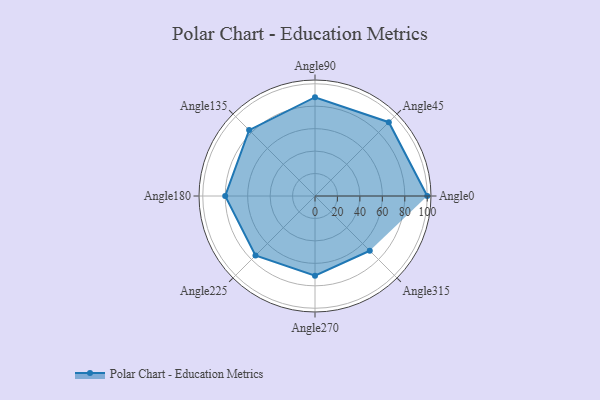
{"axis": {"x": "Angle", "y": "Radius"}, "legend": [""], "data": [{"x": "Angle0", "y": 100.0, "type": ""}, {"x": "Angle45", "y": 93.0, "type": ""}, {"x": "Angle90", "y": 88.0, "type": ""}, {"x": "Angle135", "y": 83.0, "type": ""}, {"x": "Angle180", "y": 80.0, "type": ""}, {"x": "Angle225", "y": 75.0, "type": ""}, {"x": "Angle270", "y": 71.0, "type": ""}, {"x": "Angle315", "y": 69.0, "type": ""}]}